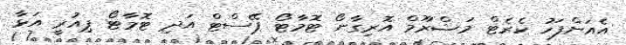
އެއަށްފަހު ކެރެޓް މަޝްރޫމް އޮރިގާނޯ ޓޮމާޓޯ ޕޭސްޓް އަދި ޓޮމާޓޯ ޕިއުރީ އަޅާ